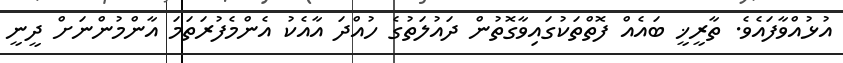
އުޅުއްވާފައެވެ. ތާރީޚީ ބައެއް ފޮތްތަކުގައިވާގޮތުން ދައުލަތުގެ ހުއްދަ އާއެކު އެންމެފުރަތަމަ އާންމުންނަށް ދީނީ